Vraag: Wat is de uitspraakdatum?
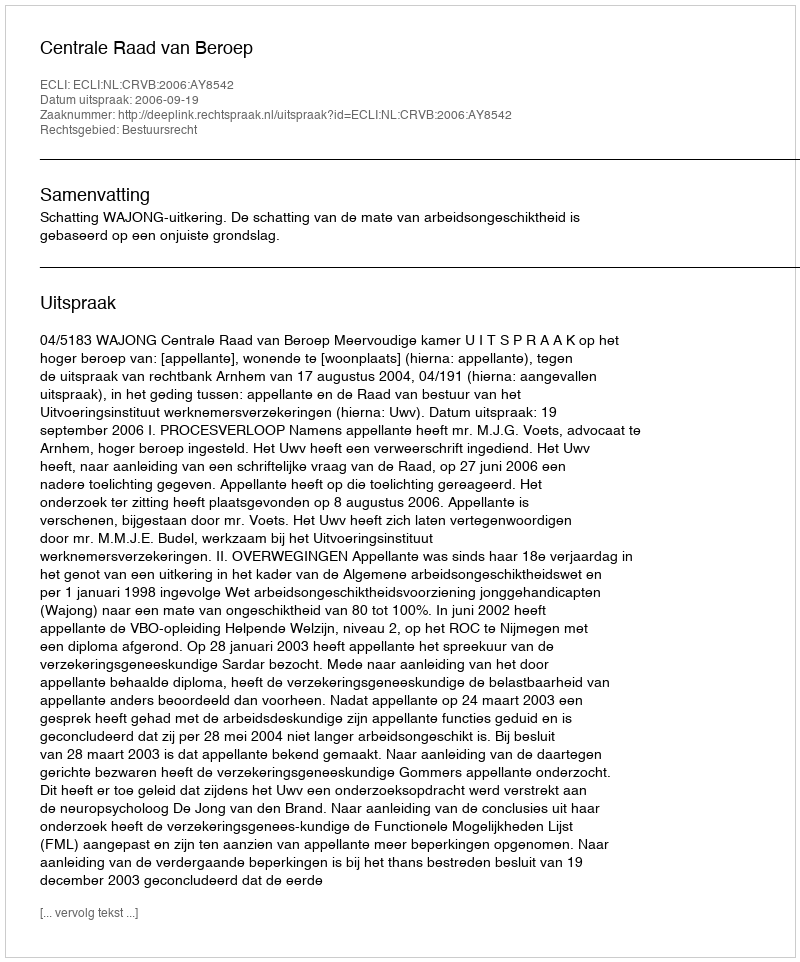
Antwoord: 2006-09-19